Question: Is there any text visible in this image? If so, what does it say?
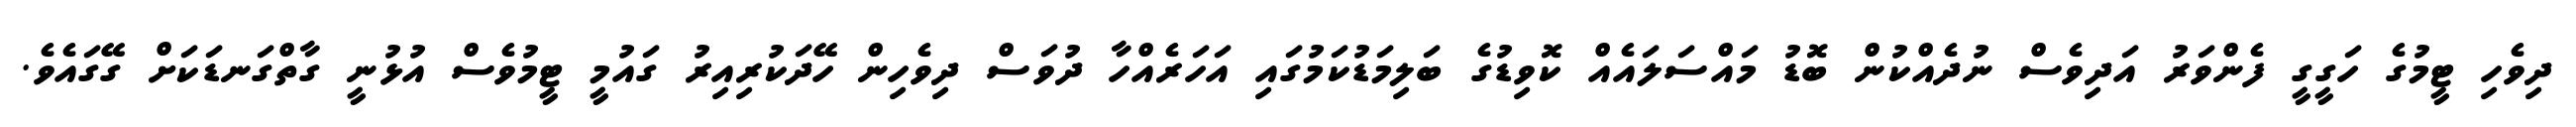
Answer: ދިވެހި ޓީމުގެ ހަގީގީ ފެންވަރު އަދިވެސް ނުދެއްކުން ބޮޑު މައްސަލައެއް ކޮވިޑުގެ ބަލިމަޑުކަމުގައި އަހަރެއްހާ ދުވަސް ދިވެހިން ހޭދަކުރިއިރު ގައުމީ ޓީމުވެސް އުޅުނީ ގާތްގަނޑަކަށް ގޭގައެވެ.